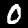
Label: 0